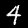
Digit: 4